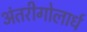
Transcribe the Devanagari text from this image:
अंतरीगोलार्ध